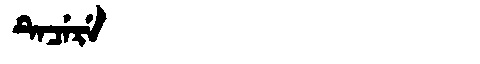
Manchu: ᡨᡝᠴᡝᡵᡝ
Romanization: TECERE